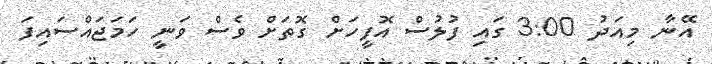
އޭނާ މިއަދު 3:00 ގައި ފުލުސް އޮފީހަށް ގޮތަށް ވެސް ވަނީ ހަމަޖައްސައިފަ